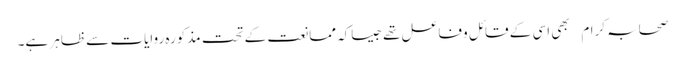
صحابہ کرام بھی اسی کے قائل وفاعل تھےجیساکہ ممانعت کے تحت مذکورہ روایات سے ظاہر ہے۔